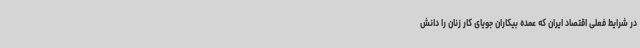
در شرایط فعلی اقتصاد ایران که عمده بیکاران جویای کار زنان را دانش